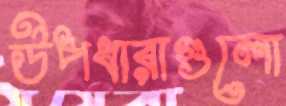
উপধারাগুলো